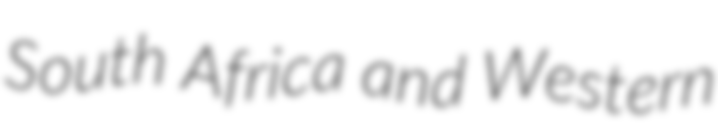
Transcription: South Africa and Western